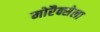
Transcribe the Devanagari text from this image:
मोरैक्सेला